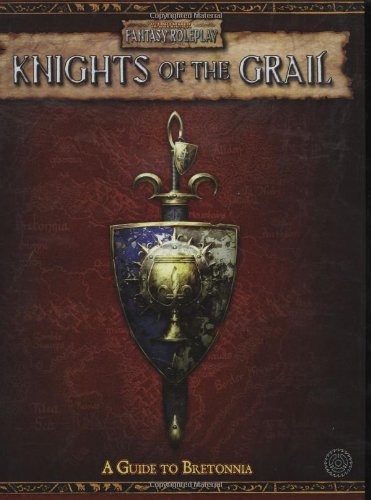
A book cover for Knights of the Grail: Guide to Bretonia (Warhammer Fantasy Roleplay); David Chart; Science Fiction & Fantasy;